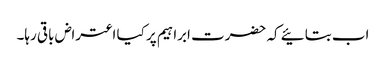
اب بتائیے کہ حضرت ابراہیم پر کیا اعتراض باقی رہا۔